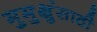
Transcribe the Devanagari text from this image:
मुमुक्षुंसाठी